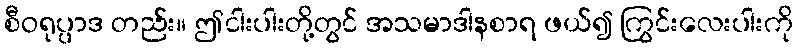
စီဝရုပ္ပာဒ တည်း။ ဤငါးပါးတို့တွင် အသမာဒါနစာရ ဖယ်၍ ကြွင်းလေးပါးကို